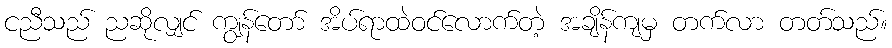
ငညီသည် ညဆိုလျှင် ကျွန်တော် အိပ်ရာထဲဝင်လောက်တဲ့ အချိန်ကျမှ တက်လာ တတ်သည်။